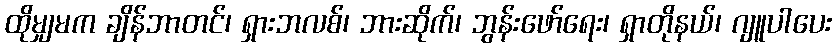
ထိုမျှမက ချိန်ဘာတင်၊ ရှားဘလစ်၊ ဘားဆိုက်၊ ဘွန်းဖော်ရေး၊ ရှာတိုနယ်၊ ဂျူပါပေး